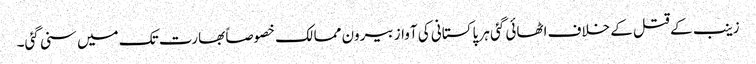
زینب کے قتل کے خلاف اٹھائی گئی ہر پاکستانی کی آواز بیرون ممالک خصوصاً بھارت تک میں سنی گئی۔